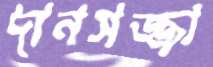
দানসজ্জা